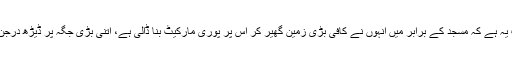
اب آئیے ان نمازی پرہیزگار شاہد صاحب کی اصل حقیقت کی جانب، ان کی حقیقت یہ ہے کہ مسجد کے برابر میں انہوں نے کافی بڑی زمین گھیر کر اس پر پوری مارکیٹ بنا ڈالی ہے، اتنی بڑی جگہ پر ڈیڑھ درجن کے لگ بھگ دُکانیں اور دکانوں کے اوپر فلیٹ بنا کر کرائے پر دے رکھے ہیں۔